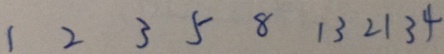
1 2 3 5 8 1 3 2 1 3 4